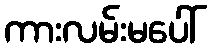
ကားလမ်းမပေါ်